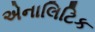
એનાલિટિક